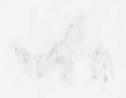
候